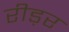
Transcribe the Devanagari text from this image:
रीड़र